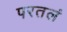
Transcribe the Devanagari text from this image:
परतलं